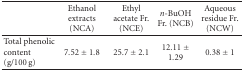
<table><thead><tr><td></td><td><b>Ethanol extracts (NCA)</b></td><td><b>Ethyl acetate Fr. (NCE)</b></td><td><b><i>n</i>-BuOH Fr. (NCB)</b></td><td><b>Aqueous residue Fr. (NCW)</b></td></tr></thead><tbody><tr><td>Total phenolic content (g/100 g)</td><td>7.52 ± 1.8</td><td>25.7 ± 2.1</td><td>12.11 ± 1.29</td><td>0.38 ± 1</td></tr></tbody></table>